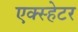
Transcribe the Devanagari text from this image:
एक्स्हेटर